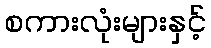
စကားလုံးများနှင့်